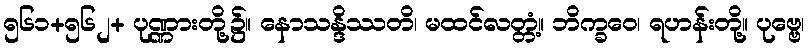
၅၆၁+၅၆၂+ ပုဏ္ဏားတို့၌။ နောသန္ဒိဿတိ၊ မထင်လတ္တံ့။ ဘိက္ခဝေ၊ ရဟန်းတို့။ ပုဗ္ဗေ၊